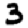
Digit: 3